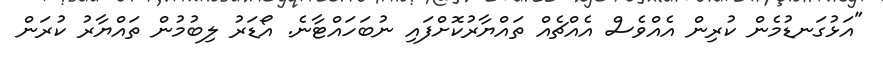
"އަޅުގަނޑުމެން ކުރިން އެއްވެސް އެއްޗެއް ތައްޔާރުކޮށްފައި ނުބަހައްޓާނެ. އޯޑަރު ލިބުމުން ތައްޔާރު ކުރަން